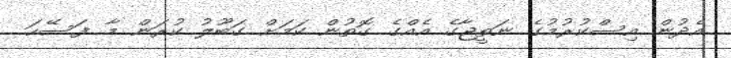
އެދުން އިސްކުރުމުގެ ނަތީޖާގެ އެއްގެ ގޮތުން ކަމަށް ގަބޫލު ކުރަން މާ ފަސޭހަ